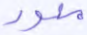
محور